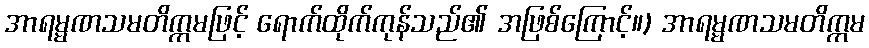
အာရမ္မဏသမတိက္ကမဖြင့် ရောက်ထိုက်ကုန်သည်၏ အဖြစ်ကြောင့်။) အာရမ္မဏသမတိက္ကမ